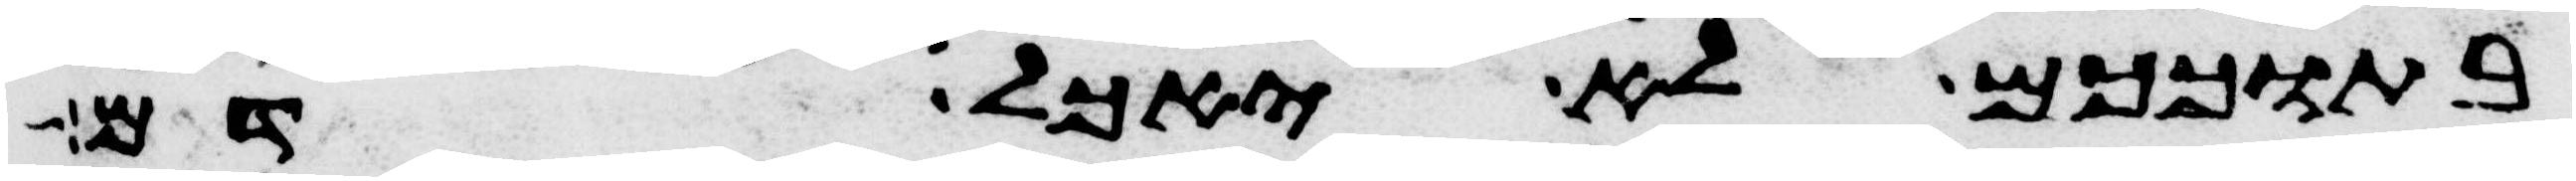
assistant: בתוככם לא יאכל דם